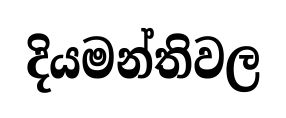
දියමන්තිවල